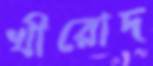
খীরোদ